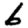
Digit: 6